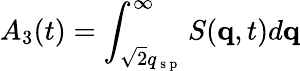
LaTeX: A_{3}(t)=\int_{\sqrt{2}q_{\mathrm{~s~p~}}}^{\infty}{S(\mathbf{q},t)d\mathbf{q}}